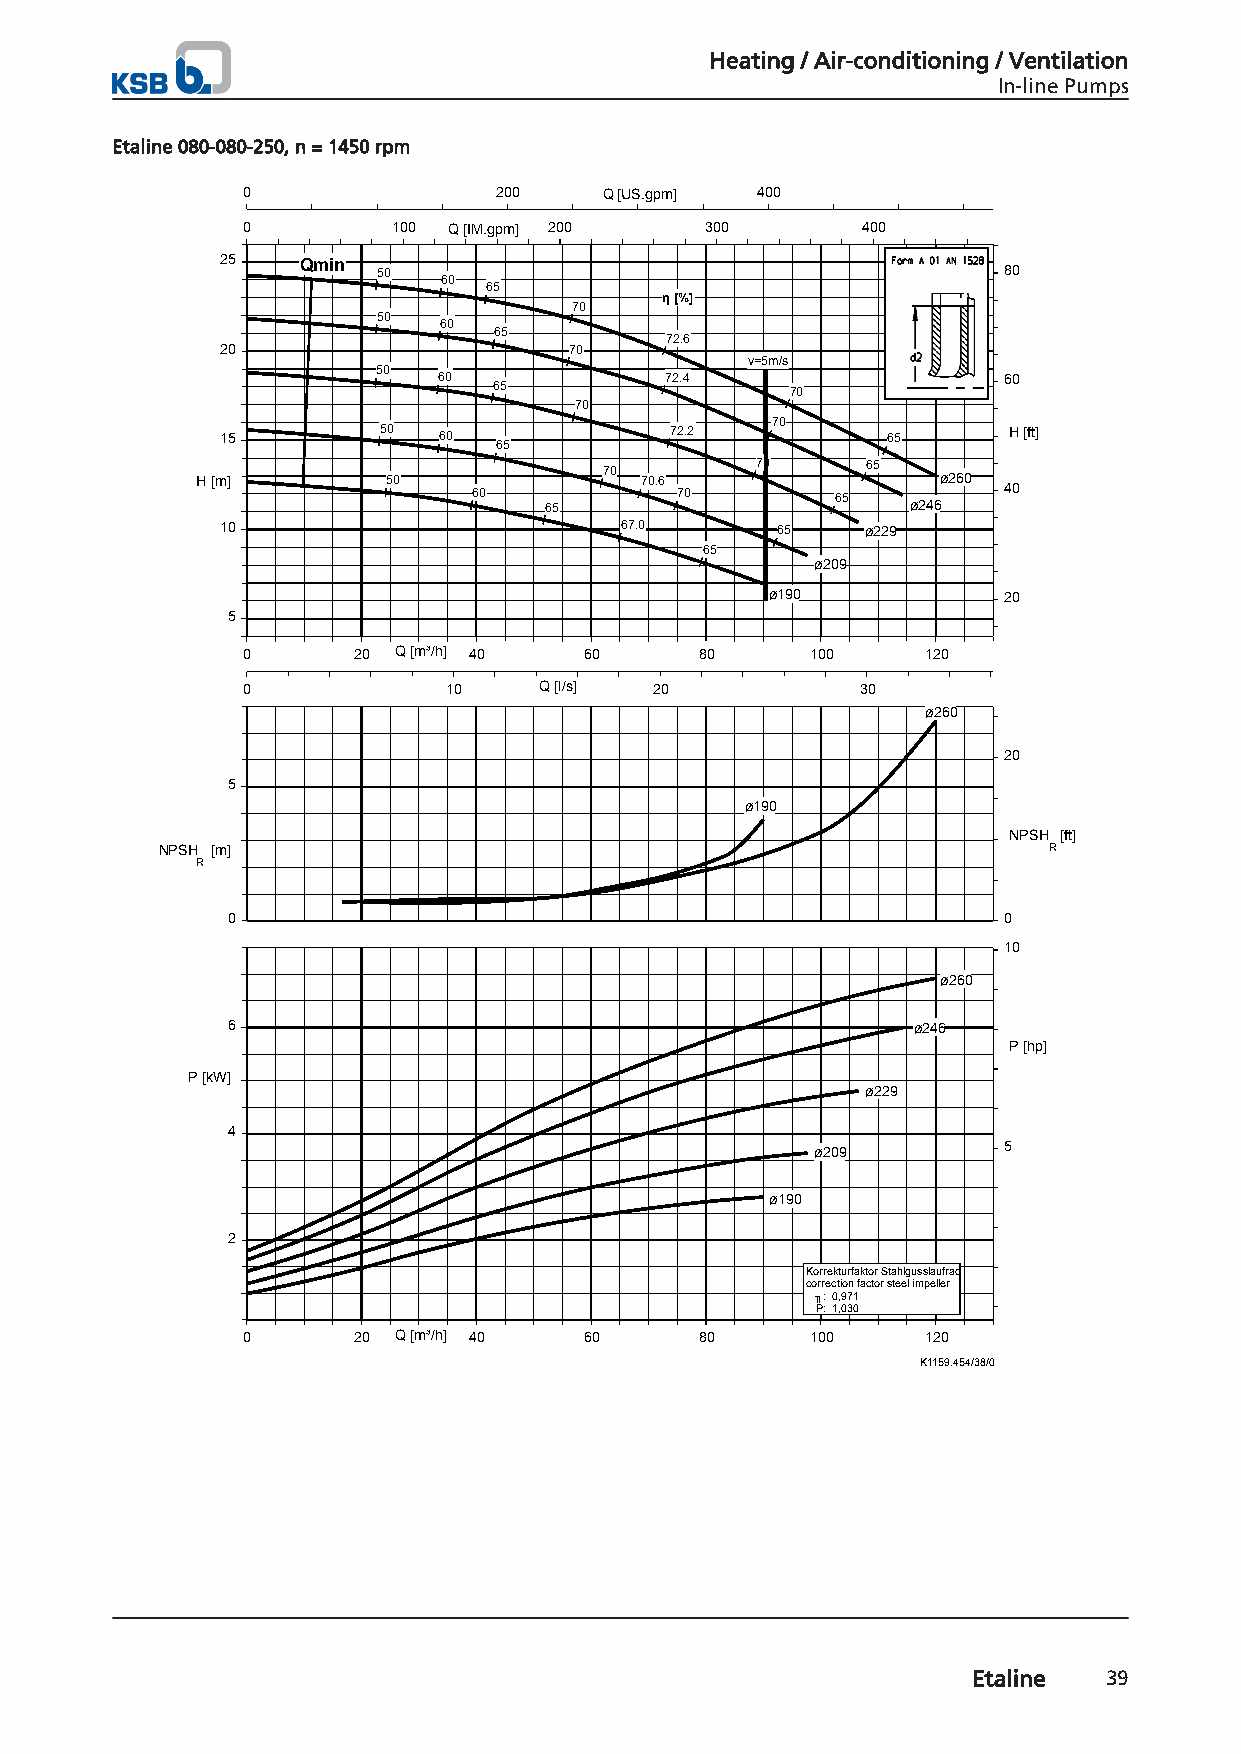
Heating / Air-conditioning / Ventilation
 In-line Pumps
 Etaline 080-080-250, n = 1450 rpm
 0                200    Q [US.gpm] 400
 0         100 Q [IM.gpm] 200   300       400
 25   Qmin
 50                                       80
 60
 65
 η [%]
 70
 50
 60
 65
 72.6
 20                     70
 v=5m/s
 50
 60             72.4                  60
 65                 70
 70
 70
 15        50  60             72.2           65      H [ft]
 65
 70        70     65
 H [m]        50   60
 65
 70.6 70      65   ø246ø260 40
 10                        67.0      65    ø229
 65
 ø209
 ø190           20
 5
 0      20 Q [m³/h] 40  60     80      100    120
 0             10    Q [l/s] 20           30
 ø260
 20
 5
 ø190
 NPSH [ft]
 NPSH [m]                                                   R
 R
 0                                                  0
 10
 ø260
 6                                            ø246
 P [hp]
 P [kW]
 ø229
 4
 5
 ø209
 ø190
 2
 Korrekturfaktor Stahlgusslaufrad
 correction factor steel impeller
 ╖: 0,971
 P: 1,030
 0      20 Q [m³/h] 40  60     80      100    120
 K1159.454/38/0
 Etaline  39